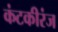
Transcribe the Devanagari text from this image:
कंटकीरंज